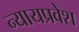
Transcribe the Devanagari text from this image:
न्यायप्रवेश